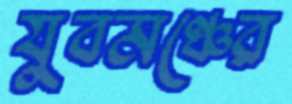
যুবমঞ্চের